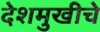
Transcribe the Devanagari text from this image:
देशमुखीचे